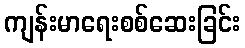
ကျန်းမာရေးစစ်ဆေးခြင်း